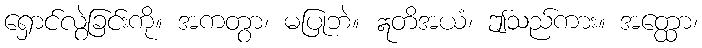
ရှောင်လွဲခြင်းကို။ အကတွာ၊ မပြုဘဲ။ ဣတိအယံ၊ ဤသည်ကား။ အတ္ထော၊